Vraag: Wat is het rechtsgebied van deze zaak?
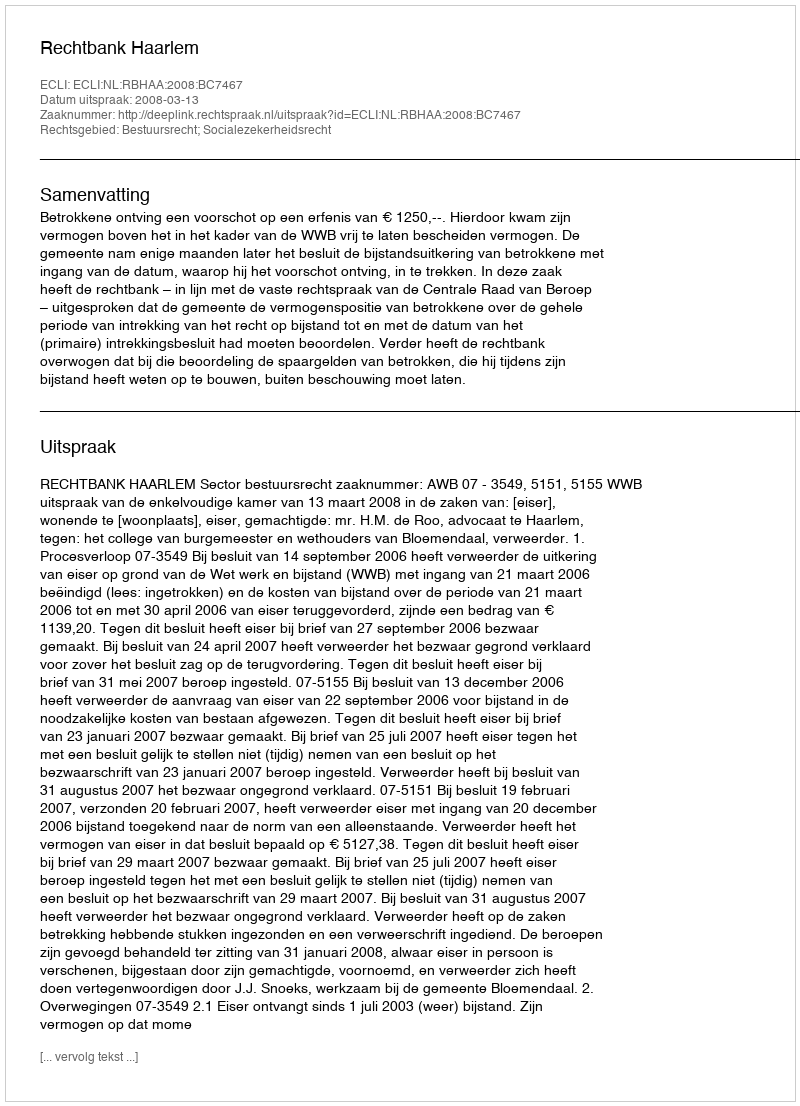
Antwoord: Bestuursrecht; Socialezekerheidsrecht